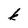
Character: k